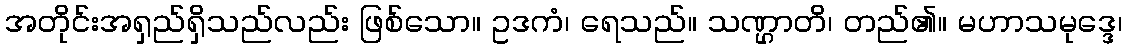
အတိုင်းအရှည်ရှိသည်လည်း ဖြစ်သော။ ဥဒကံ၊ ရေသည်။ သဏ္ဌာတိ၊ တည်၏။ မဟာသမုဒ္ဒေ၊